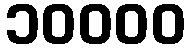
၁၀၀၀၀